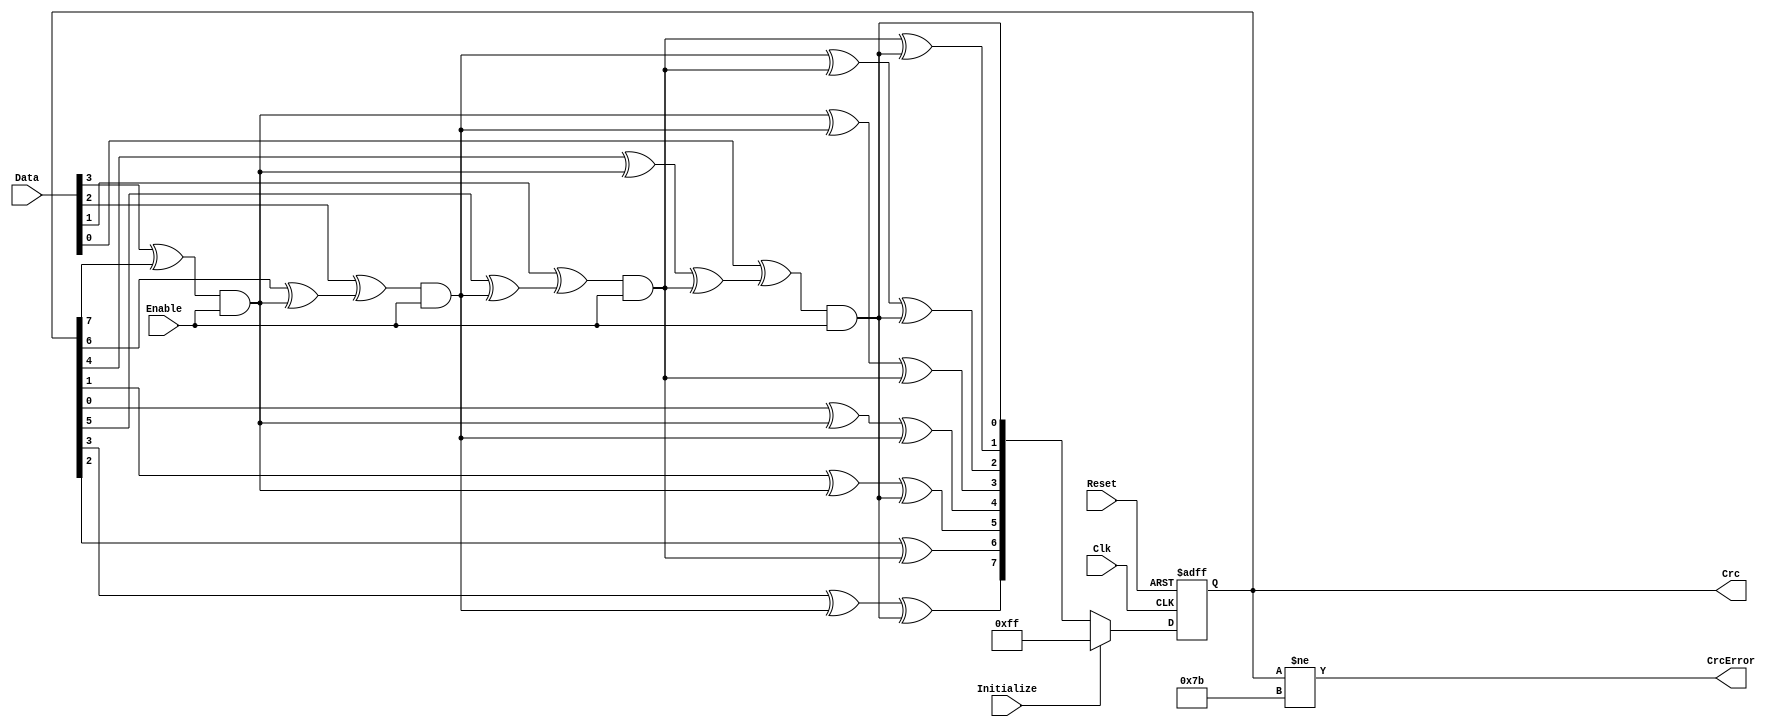
module fb_crc (Clk, Reset, Data, Enable, Initialize, Crc, CrcError);


input Clk;
input Reset;
input [3:0] Data;
input Enable;
input Initialize;

output [7:0] Crc;
output CrcError;

reg  [7:0] Crc;

wire [7:0] Crc1;
wire [7:0] Crc2;
wire [7:0] Crc3;
wire [7:0] Crc4;

assign Crc1[7] =  Crc[6] ^ ((Data[3] ^ Crc[7]) & Enable);
assign Crc1[6] =  Crc[5] ;
assign Crc1[5] =  Crc[4] ^ ((Data[3] ^ Crc[7]) & Enable);
assign Crc1[4] =  Crc[3] ;
assign Crc1[3] =  Crc[2] ;
assign Crc1[2] =  Crc[1] ^ ((Data[3] ^ Crc[7]) & Enable);
assign Crc1[1] =  Crc[0] ^ ((Data[3] ^ Crc[7]) & Enable);
assign Crc1[0] =           ((Data[3] ^ Crc[7]) & Enable);

assign Crc2[7] = Crc1[6] ^ ((Data[2] ^ Crc1[7]) & Enable);
assign Crc2[6] = Crc1[5] ;
assign Crc2[5] = Crc1[4] ^ ((Data[2] ^ Crc1[7]) & Enable);
assign Crc2[4] = Crc1[3] ;
assign Crc2[3] = Crc1[2] ;
assign Crc2[2] = Crc1[1] ^ ((Data[2] ^ Crc1[7]) & Enable);
assign Crc2[1] = Crc1[0] ^ ((Data[2] ^ Crc1[7]) & Enable);
assign Crc2[0] =           ((Data[2] ^ Crc1[7]) & Enable);

assign Crc3[7] = Crc2[6] ^ ((Data[1] ^ Crc2[7]) & Enable);
assign Crc3[6] = Crc2[5] ;
assign Crc3[5] = Crc2[4] ^ ((Data[1] ^ Crc2[7]) & Enable);
assign Crc3[4] = Crc2[3] ;
assign Crc3[3] = Crc2[2] ;
assign Crc3[2] = Crc2[1] ^ ((Data[1] ^ Crc2[7]) & Enable);
assign Crc3[1] = Crc2[0] ^ ((Data[1] ^ Crc2[7]) & Enable);
assign Crc3[0] =           ((Data[1] ^ Crc2[7]) & Enable);


assign Crc4[7] = Crc3[6] ^ ((Data[0] ^ Crc3[7]) & Enable);
assign Crc4[6] = Crc3[5] ;
assign Crc4[5] = Crc3[4] ^ ((Data[0] ^ Crc3[7]) & Enable);
assign Crc4[4] = Crc3[3] ;
assign Crc4[3] = Crc3[2] ;
assign Crc4[2] = Crc3[1] ^ ((Data[0] ^ Crc3[7]) & Enable);
assign Crc4[1] = Crc3[0] ^ ((Data[0] ^ Crc3[7]) & Enable);
assign Crc4[0] =           ((Data[0] ^ Crc3[7]) & Enable);


always @ (posedge Clk or posedge Reset)
begin
  if (Reset)
    Crc <=  8'hff;
  else
  if(Initialize)
    Crc <=  8'hff;
  else
    Crc <=  Crc4;
end

assign CrcError = Crc[7:0] != 32'h7b;  // CRC not equal to magic number

endmodule